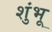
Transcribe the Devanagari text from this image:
शुंभू